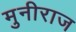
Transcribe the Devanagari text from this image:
मुनीराज